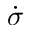
\dot { \sigma }